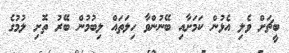
ބީޗަށް ވެލި އެޅުން ކަމަށާއި ބޭނުންވާ ހިލަތައް ލިބުމުން ބޭރު ތޮށި ލުމުގެ